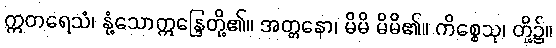
ဣတရေသံ၊ နုံ့သောဣန္ဒြေတို့၏။ အတ္တနော၊ မိမိ မိမိ၏။ ကိစ္စေသု၊ တို့၌။